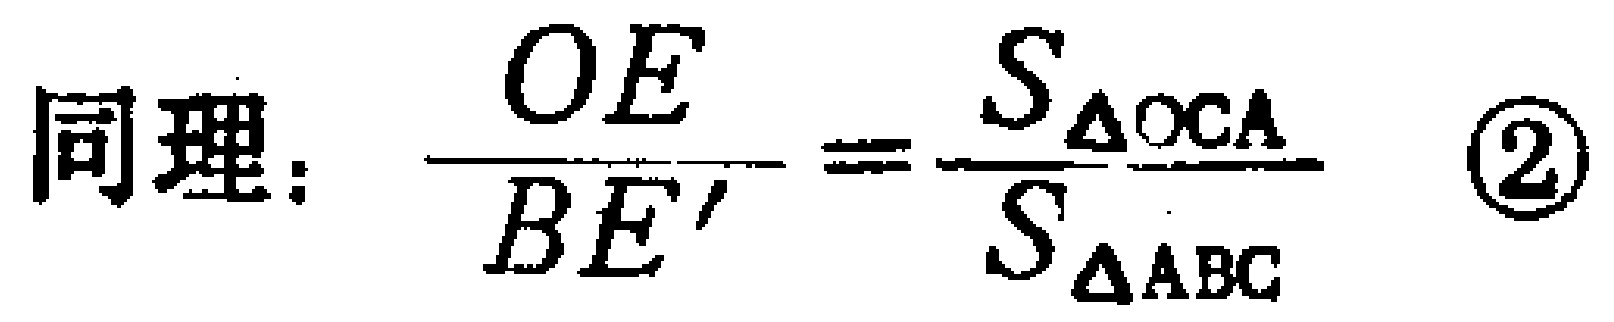
同理：$\dfrac{OE}{BE'}=\dfrac{S_{\triangle OCA}}{S_{\triangle ABC}}$ \textcircled{2}